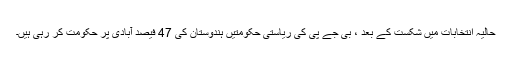
حالیہ انتخابات میں شکست کے بعد ، بی جے پی کی ریاستی حکومتیں ہندوستان کی 47 فیصد آبادی پر حکومت کر رہی ہیں۔